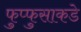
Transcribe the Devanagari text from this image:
फुप्फुसाकडे